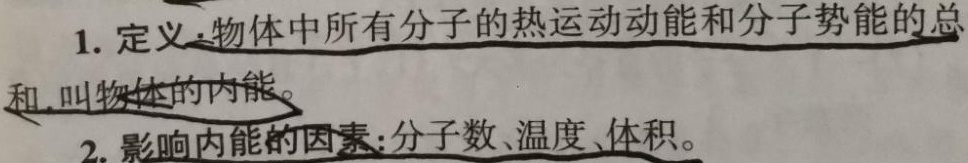
1. 定义：物体中所有分子的热运动动能和分子势能的总和，叫物体的内能。
2. 影响内能的因素：分子数、温度、体积。